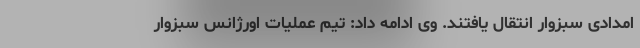
امدادی سبزوار انتقال یافتند. وی ادامه داد: تیم عملیات اورژانس سبزوار